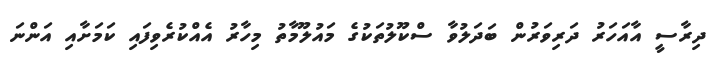
ދިރާސީ އާއަހަރު ދަރިވަރުން ބަދަލުވާ ސްކޫލުތަކުގެ މައުލޫމާތު މިހާރު އެއްކުރެވިފައި ކަމަށާއި އަންނަ